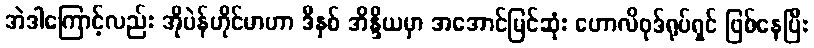
အဲဒါကြောင့်လည်း အိုပဲန်ဟိုင်မာဟာ ဒီနှစ် အိန္ဒိယမှာ အအောင်မြင်ဆုံး ဟောလိဝုဒ်ရုပ်ရှင် ဖြစ်နေပြီး